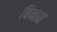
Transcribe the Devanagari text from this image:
बिनात